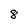
Character: 8